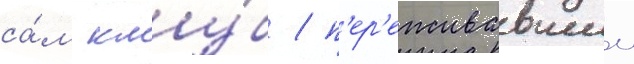
са́м клу́б / п'ер'еживавшии